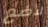
لأضع